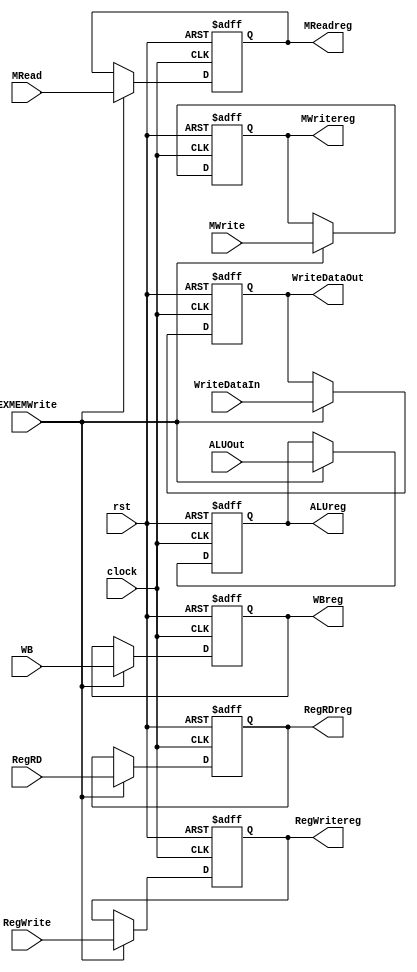
module EXMEM(clock, rst, WB, RegWrite, RegWritereg,MRead, MWrite,ALUOut,RegRD,WriteDataIn,MWritereg,MReadreg,WBreg,ALUreg,RegRDreg,WriteDataOut, EXMEMWrite); 
    input clock, rst, EXMEMWrite; 
    input WB, RegWrite; 
    input MRead, MWrite; 
    input [4:0] RegRD; 
    input [31:0] ALUOut,WriteDataIn; 
    
    output reg WBreg,RegWritereg; 
    output reg MWritereg, MReadreg ; 
    output reg[31:0] ALUreg,WriteDataOut; 
    output reg[4:0] RegRDreg; 

    always@(posedge clock, posedge rst) 
    if (rst)
    begin
        WBreg <= 0; 
        RegWritereg <= 0;         
        MReadreg <= 0;
        MWritereg <= 0;
        ALUreg <= 0; 
        RegRDreg <= 0; 
        WriteDataOut <= 0; 
    end
    else
    if (EXMEMWrite)
    begin 
        WBreg <= WB; 
        RegWritereg <= RegWrite;
        MReadreg <= MRead;
        MWritereg <= MWrite;
        ALUreg <= ALUOut; 
        RegRDreg <= RegRD; 
        WriteDataOut <= WriteDataIn; 
    end 
 
endmodule